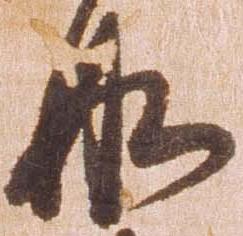
船